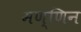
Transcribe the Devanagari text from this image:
मण्णिन